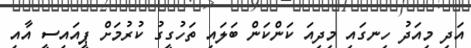
އަދި މިއަދު ހިނގައި މިދިއަ ކަންކަން ބަލައި ތަހުގީގު ކުރުމަށް ޕީއައިސީ އާއި